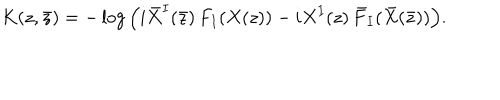
K ( z , \bar { z } ) = - \log \Big ( i \bar { X } ^ { I } ( \bar { z } ) \, F _ { I } ( X ( z ) ) - i X ^ { I } ( z ) \, \bar { F } _ { I } ( \bar { X } ( \bar { z } ) ) \Big ) .